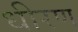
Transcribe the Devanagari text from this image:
धीरण